Report of an investigation in regard to the prevalence of stegomyia and other mosquitoes in Karachi, and the measures necessary for their control
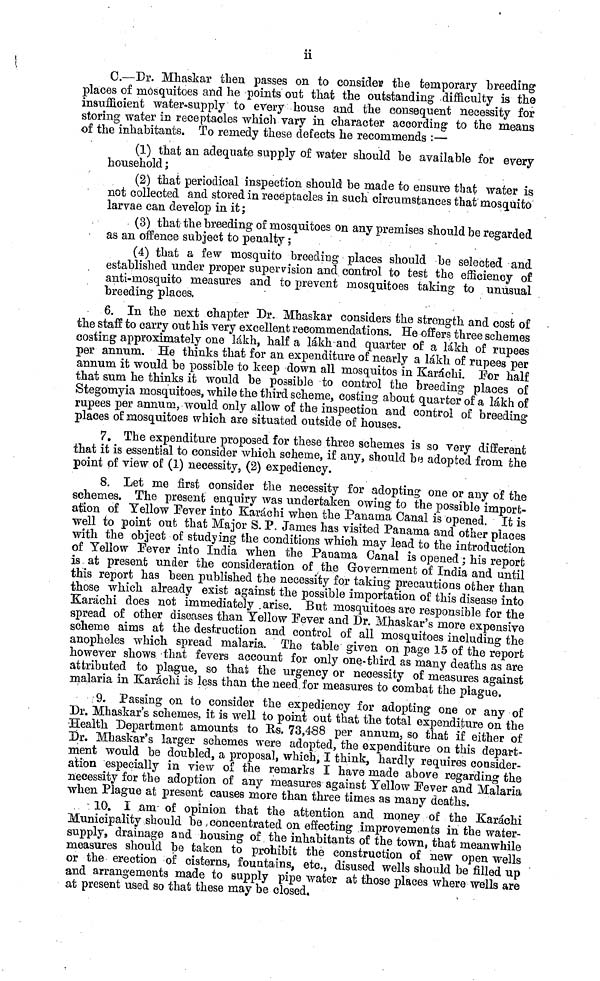
ii
C.—Dr. Mhaskar then passes on to consider the temporary breeding
places of mosquitoes and he points out that the outstanding difficulty is the
insufficient water-supply to every house and the consequent necessity for
storing water in receptacles which vary in character according to the means
of the inhabitants. To remedy these defects he recommends :—
(1) that an adequate supply of water should be available for every
household;
(2) that periodical inspection should be made to ensure that water is
not collected and stored in receptacles in such circumstances that mosquito
larvae can develop in it;
(3) that the breeding of mosquitoes on any premises should be regarded
as an offence subject to penalty;
(4) that a few mosquito breeding places should be selected and
established under proper supervision and control to test the efficiency of
anti-mosquito measures and to prevent mosquitoes taking to unusual
breeding places,
6. In the next chapter Dr. Mhaskar considers the strength and cost of
the staff to carry out his very excellent recommendations, He offers three schemes
costing approximately one lakh, half a lakh and quarter of a lakh of rupees
per annum. He thinks that for an expenditure of nearly a lakh of rupees per
annum it would be possible to keep down all mosquitos in Karachi. For half
that sum he thinks it would be possible to control the breeding places of
Stegomyia mosquitoes, while the third scheme, costing about quarter of a lakh of
rupees per annum, would only allow of the inspection and control of breeding
places of mosquitoes which are situated outside of houses.
7. The expenditure proposed for these three schemes is so very different
that it is essential to consider which scheme, if any, should be adopted from the
point of view of (1) necessity, (2) expediency.
8. Let me first consider the necessity for adopting one or any of the
schemes. The present enquiry was undertaken owing to the possible import-
ation of Yellow Fever into Karachi when the Panama Canal is opened. It is
well to point out that Major S. P. James has visited Panama and other places
with the object of studying the conditions which may lead to the introduction
of Yellow Fever into India when the Panama Canal is opened; his report
is at present under the consideration of the Government of India and until
this report has been published the necessity for taking precautions other than
those which already exist against the possible importation of this disease into
Karachi does not immediately arise. But mosquitoes are responsible for the
spread of other diseases than Yellow Fever and Dr. Mhaskar's more expensive
scheme aims at the destruction and control of all mosquitoes including the
anopheles which spread malaria. The table given on page 15 of the report
however shows that fevers account for only one-third as many deaths as are
attributed to plague, so that the urgency or necessity of measures against
malaria in Karachi is less than the need for measures to combat the plague.
9. Passing on to consider the expediency for adopting one or any of
Dr. Mhaskar's schemes, it is well to point out that the total expenditure on the
Health Department amounts to Rs. 73,488 per annum, so that if either of
Dr. Mhaskar's larger schemes were adopted, the expenditure on this depart-
ment would be doubled, a proposal, which, I think, hardly requires consider-
ation especially in view of the remarks I have made above regarding the
necessity for the adoption of any measures against Yellow Fever and Malaria
when Plague at present causes more than three times as many deaths.
10. I am- of opinion that the attention and money of the Karachi
Municipality should be concentrated on effecting improvements in the water-
supply., drainage and housing of the inhabitants of the town, that meanwhile
measures should be taken to prohibit the construction of new open wells
or the erection of cisterns, fountains, etc., disused wells should be filled up
and arrangements made to supply pipe water at those places where wells are
at present used so that these may be closed.